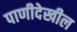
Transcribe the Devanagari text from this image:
पाणीदेखील